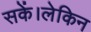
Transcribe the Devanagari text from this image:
सकें।लेकिन